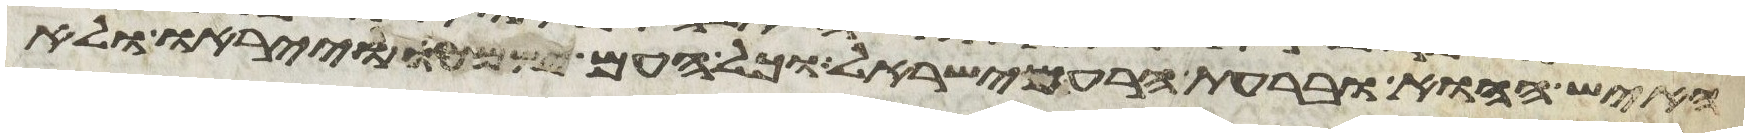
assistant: האיש ההוא ובערת הרע מישראל וכל העם ישמעו וייראו ולא